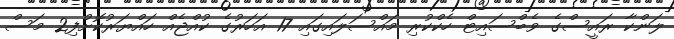
ލަންކާ ރައީސްގެ ވެބްސައިޓް ހެކްކުރި މައްސަލައިގައި 17 އަހަރުގެ ކުއްޖެއް ހައްޔަރުކޮށްފި2 މަސް